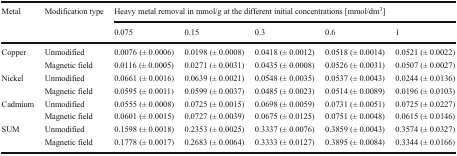
<table><thead><tr><td rowspan="2"><b>Metal</b></td><td rowspan="2"><b>Modification type</b></td><td colspan="5"><b>Heavy metal removal in mmol/g at the different initial concentrations [mmol/dm<sup>3</sup>]</b></td></tr><tr><td><b>0.075</b></td><td><b>0.15</b></td><td><b>0.3</b></td><td><b>0.6</b></td><td><b>1</b></td></tr></thead><tbody><tr><td rowspan="2">Copper</td><td>Unmodified</td><td>0.0076 (± 0.0006)</td><td>0.0198 (± 0.0008)</td><td>0.0418 (± 0.0012)</td><td>0.0518 (± 0.0014)</td><td>0.0521 (± 0.0022)</td></tr><tr><td>Magnetic field</td><td>0.0116 (± 0.0005)</td><td>0.0271 (± 0.0031)</td><td>0.0435 (± 0.0008)</td><td>0.0526 (± 0.0031)</td><td>0.0507 (± 0.0027)</td></tr><tr><td rowspan="2">Nickel</td><td>Unmodified</td><td>0.0661 (± 0.0016)</td><td>0.0639 (± 0.0021)</td><td>0.0548 (± 0.0035)</td><td>0.0537 (± 0.0043)</td><td>0.0244 (± 0.0136)</td></tr><tr><td>Magnetic field</td><td>0.0595 (± 0.0011)</td><td>0.0599 (± 0.0037)</td><td>0.0485 (± 0.0023)</td><td>0.0514 (± 0.0089)</td><td>0.0196 (± 0.0103)</td></tr><tr><td rowspan="2">Cadmium</td><td>Unmodified</td><td>0.0555 (± 0.0008)</td><td>0.0725 (± 0.0015)</td><td>0.0698 (± 0.0059)</td><td>0.0731 (± 0.0051)</td><td>0.0725 (± 0.0227)</td></tr><tr><td>Magnetic field</td><td>0.0601 (± 0.0015)</td><td>0.0727 (± 0.0039)</td><td>0.0675 (± 0.0125)</td><td>0.0751 (± 0.0048)</td><td>0.0615 (± 0.0146)</td></tr><tr><td rowspan="2">SUM</td><td>Unmodified</td><td>0.1598 (± 0.0018)</td><td>0.2353 (± 0.0025)</td><td>0.3337 (± 0.0076)</td><td>0.3859 (± 0.0043)</td><td>0.3574 (± 0.0327)</td></tr><tr><td>Magnetic field</td><td>0.1778 (± 0.0017)</td><td>0.2683 (± 0.0064)</td><td>0.3333 (± 0.0127)</td><td>0.3895 (± 0.0084)</td><td>0.3344 (± 0.0166)</td></tr></tbody></table>